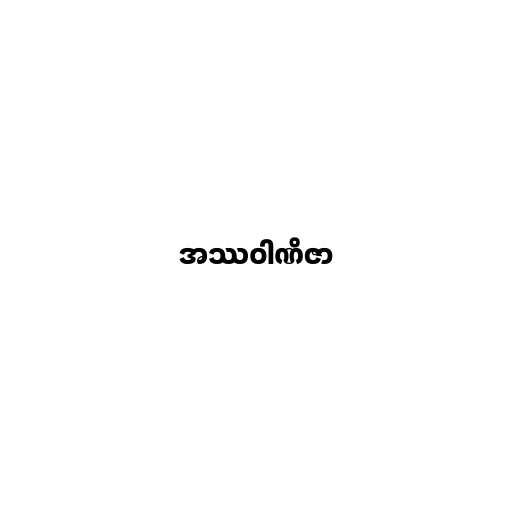
အဿဝါဏိဇာ